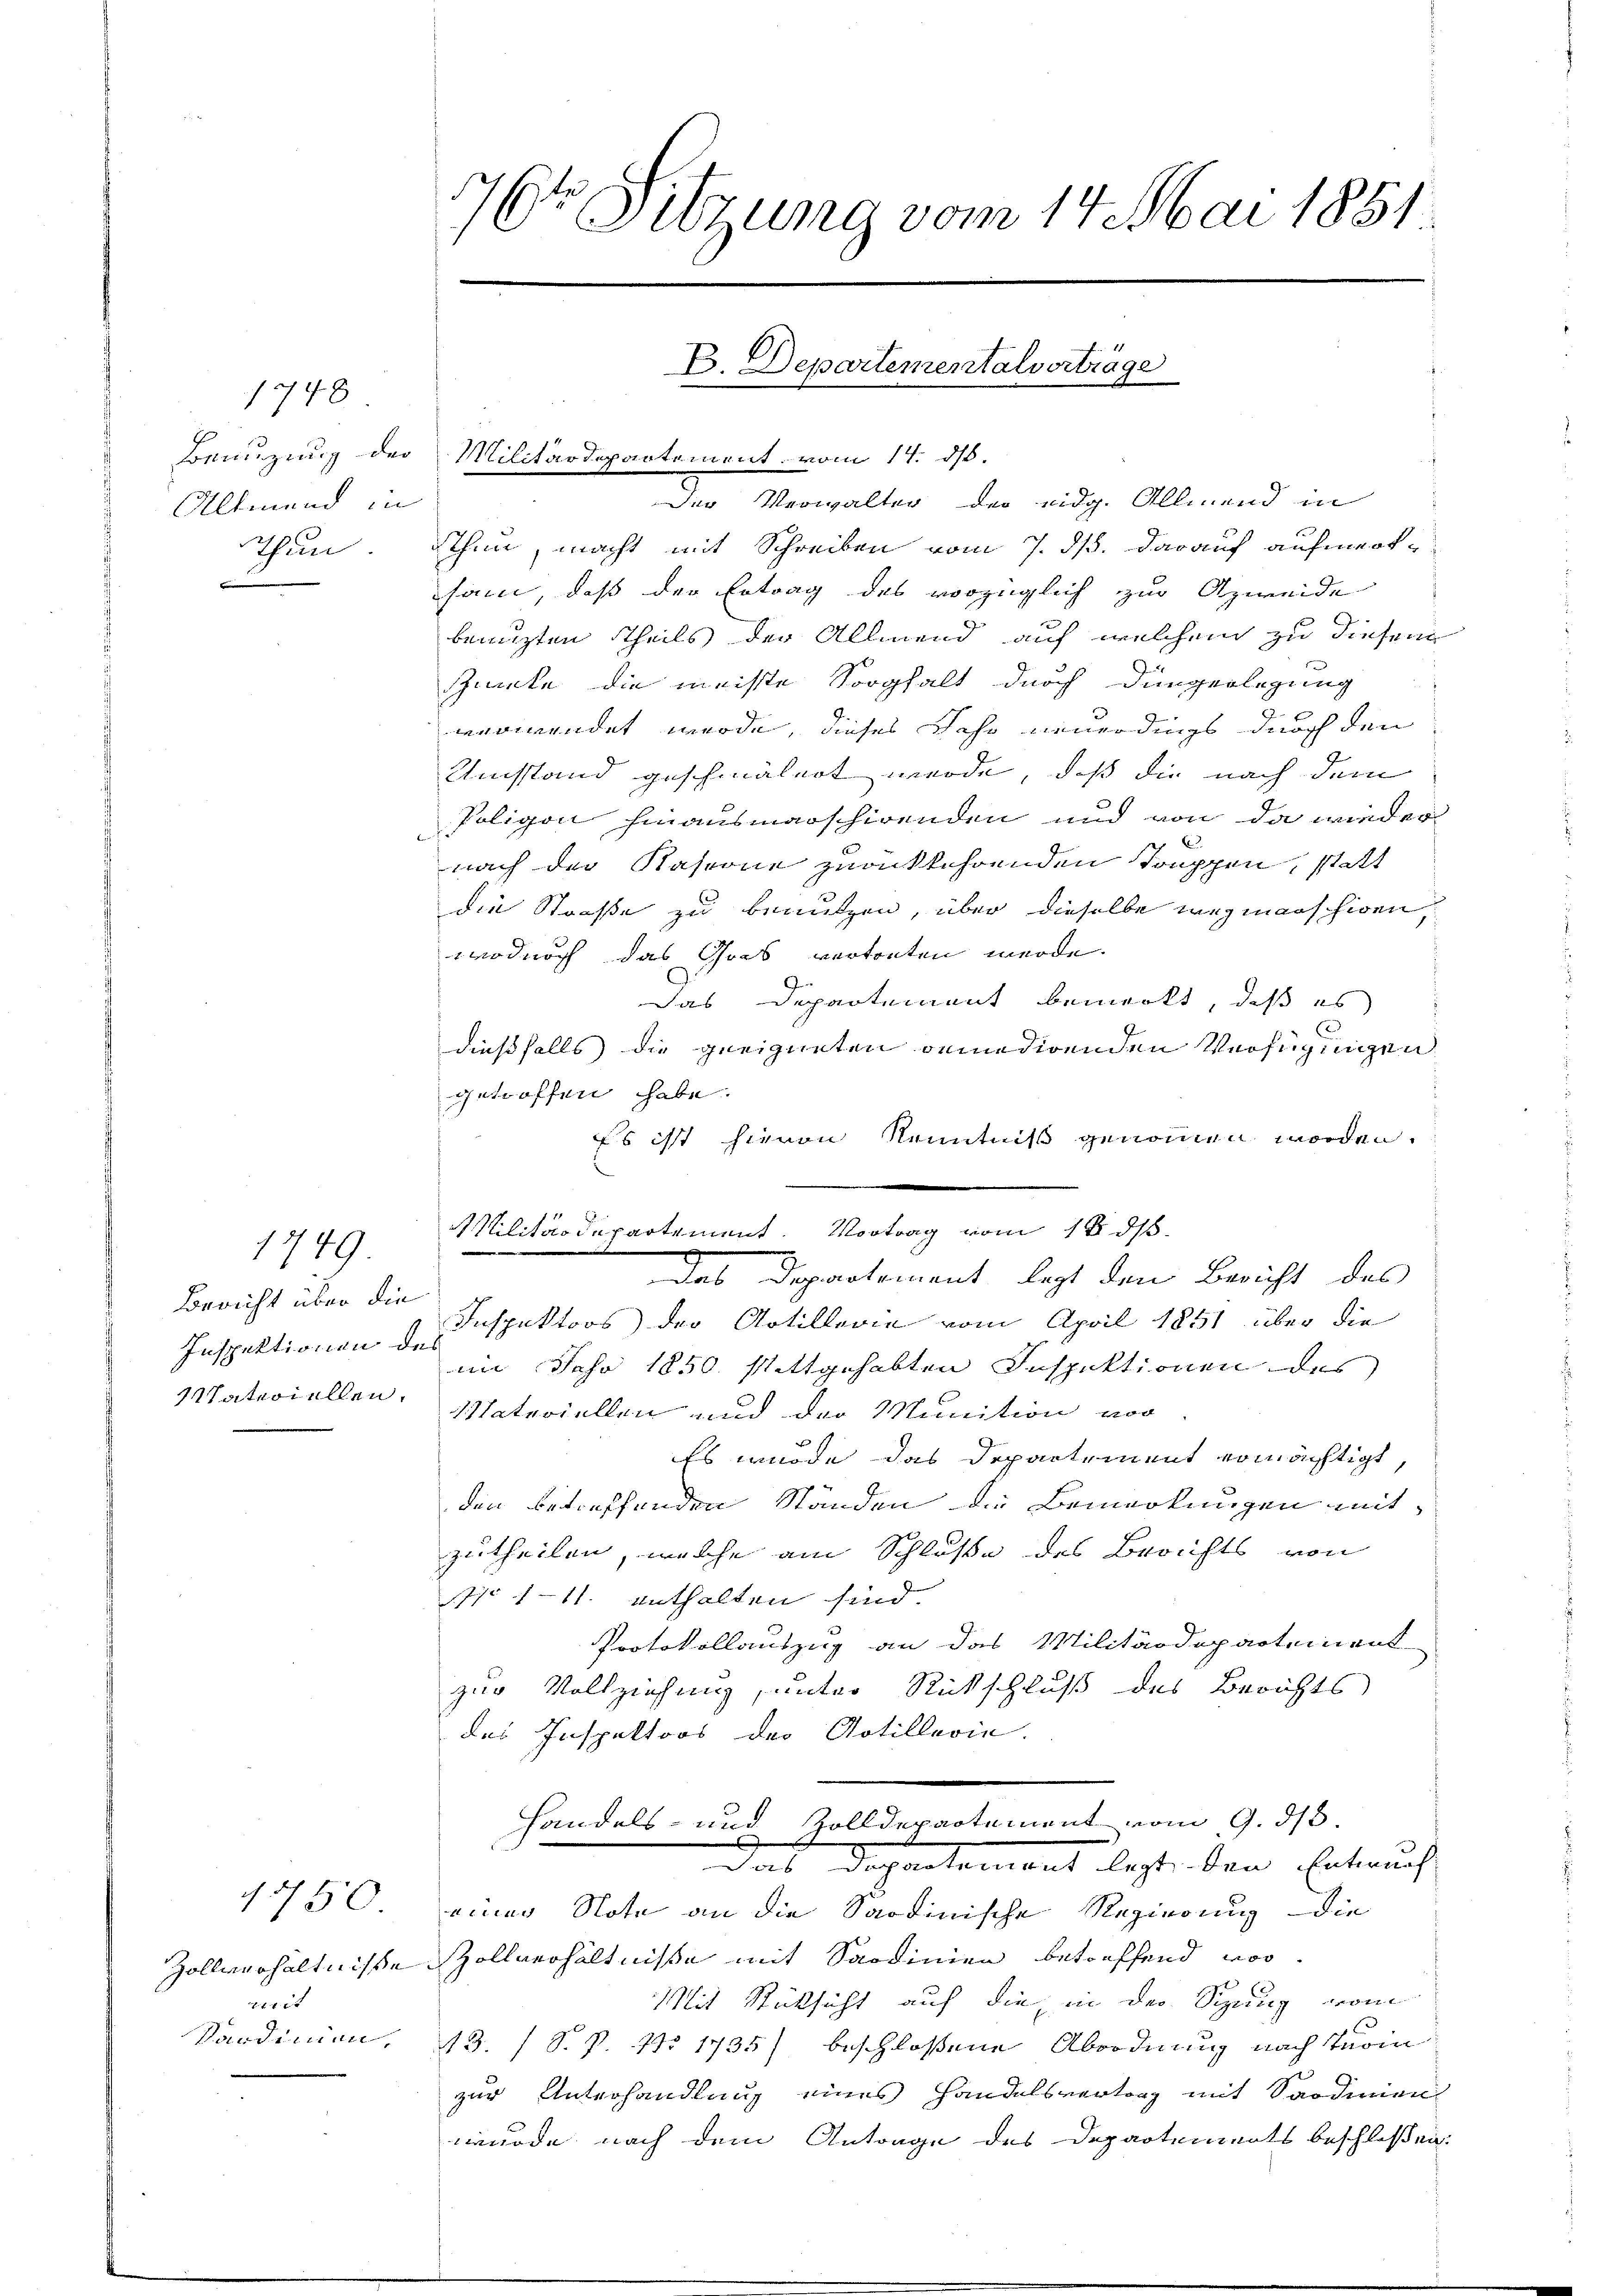
1748
Benutzung der
Altmand in
Thun

1349.

Bericht über die
Inspektionen des
sitateriellen.

erit
Kandinien.

1550

76r Sitzung vom 14. Mai 1851.

Militärdepartement vom 17. ds.
Der Verwalter, der eidg. Allmend in
thun, macht mit Schreiben vom 7. ds. darauf aufmerksam, daß der Ertrag des vorzüglich zur Anweide
benuzten Theils der Allmend auf welchem zu diesem
.
Zinte die meiste Sorgfalt durch Düngerlegung
verwendet werde, dieses Jahr neuerdings durch den
Umsstand geschmälert werde, daß die nach dem
Poligon hinausmarschirenden und von da wieder
E
nach der Kaserne zurückkehrenden Touppen, statt
die Straße zu benutzen, über dieselbe wegmanschigen,
wodurch das Cors vertreten werde.
Das Departement bemerkt, daß es
dießfalls die geeigneten oemedirenden Verfügungen
getroffen habe.
Es ist hievon Kenntniß genommen worden.
Inspektors) der Artillerie vom April 1851 über die
im Jahr 1850. stattgehabten Inspektionen des
Natrodellen und der Munition vor
Es wurde das Departement ermächtigt,
den betreffenden Ständen die Bemerkungen mit
zutheilen, welche am Schlosse des Berichts von
710 111. enthalten sind.
Protokollauszug an das Militärdepartement
zur Vollziehung, unter Rückschluß des Berichts
des Inspektors der Artillerie.
Handels- und Zolldepartement vom 9. ds.
Das Departement legt, den Entwurf
einer Note an die Sardinische Regierung die
Zollverhältnisse Zollverhältnisse mit Sardinien betreffend vor¬
Mit Rücksicht auf die in der Spung vom
13. (S. P. No 1735) beschlossene Abordnung nach Turin
zur Unterhandlung eines Handelsvertrag mit Sardinien
wurde nach dem Antrage des Departements beschlossen:

E. Departementalvorträge
.

Militärdepartement. Vortrag vom 18. ds.
das Departement legt den Bericht des